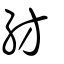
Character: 紡